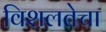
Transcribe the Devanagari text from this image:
विशलतेचा